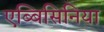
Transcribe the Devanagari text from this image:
एब्बिसिनिया